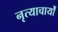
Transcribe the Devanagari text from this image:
नृत्याचार्यों